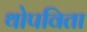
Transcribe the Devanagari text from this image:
थोपविता